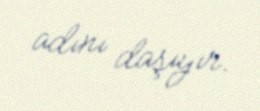
adını daşıyır.